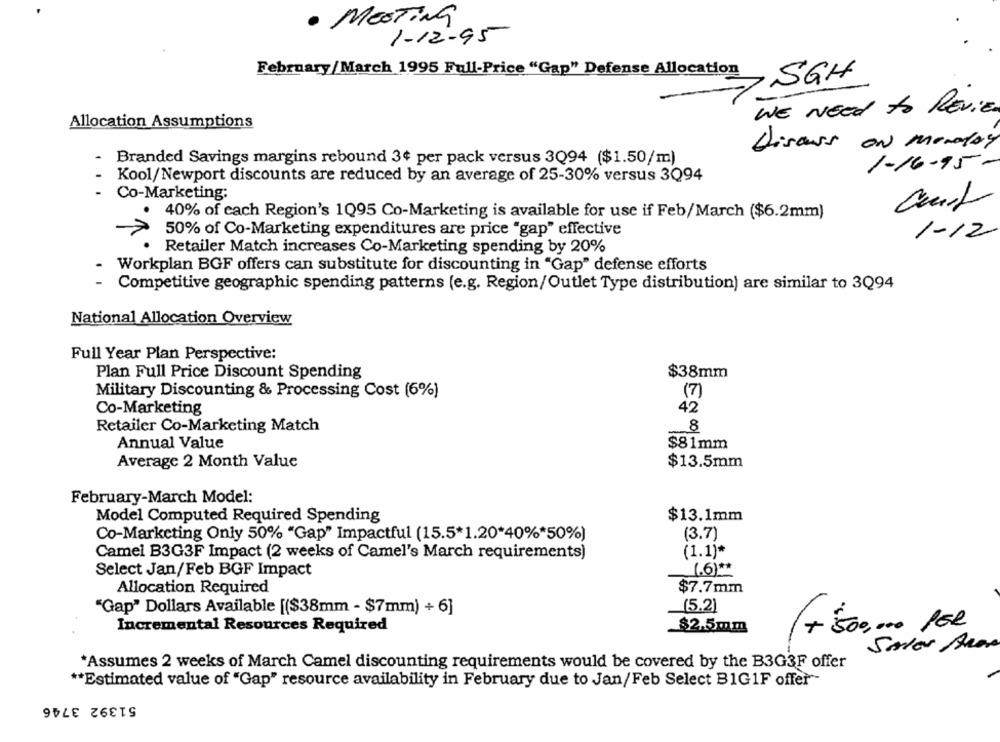
· MESTING
1-12-95
February/March 1995 Full-Price "Gap" Defense Allocation
SGH
WE NEED to REVIEW
Allocation Assumptions
Discuss on Monday
Branded Savings margins rebound 3¢ per pack versus 3Q94 ($1.50/m)
1-16-95-
Kool/Newport discounts are reduced by an average of 25-30% versus 3Q94
Co-Marketing:
40% of each Region's 1Q95 Co-Marketing is available for use if Feb/March ($6.2mm)
-
50% of Co-Marketing expenditures are price "gap" effective
1-12
Retailer Match increases Co-Marketing spending by 20%
Workplan BGF offers can substitute for discounting in "Gap" defense efforts
- Competitive geographic spending patterns (e.g. Region/Outlet Type distribution) are similar to 3Q94
National Allocation Overview
Full Year Plan Perspective:
Plan Full Price Discount Spending
$38mm
(7)
Military Discounting & Processing Cost (6%)
42
Co-Marketing
Retailer Co-Marketing Match
8
Annual Value
$81mm
Average 2 Month Value
$13.5mm
February-March Model:
Model Computed Required Spending
$13.1mm
Co-Marketing Only 50% "Gap" Impactful (15.5*1.20*40%*50%)
(3.7)
Camel B3G3F Impact (2 weeks of Camel's March requirements)
(1.1)*
Select Jan/Feb BGF Impact
Allocation Required
$7.7mm
(5.2)
"Gap" Dollars Available [($38mm - $7mm) + 6]
+ 500,000 PER
Incremental Resources Required
$2.5mm
Sales Area
*Assumes 2 weeks of March Camel discounting requirements would be covered by the B3G3F offer
** Estimated value of "Gap" resource availability in February due to Jan/Feb Select B1G1F offer-
51392 3746